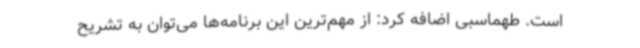
است. طهماسبی اضافه کرد: از مهم‌ترین این برنامه‌ها می‌توان به تشریح